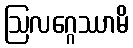
ဩလဂ္ဂေဿာမိ